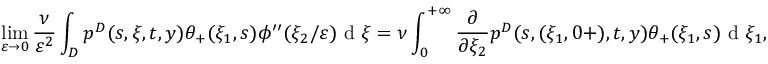
\operatorname* { l i m } _ { \varepsilon \to 0 } \frac { \nu } { \varepsilon ^ { 2 } } \int _ { D } p ^ { D } ( s , \xi , t , y ) \theta _ { + } ( \xi _ { 1 } , s ) \phi ^ { \prime \prime } ( \xi _ { 2 } / \varepsilon ) \textrm { d } \xi = \nu \int _ { 0 } ^ { + \infty } \frac { \partial } { \partial \xi _ { 2 } } p ^ { D } ( s , ( \xi _ { 1 } , 0 + ) , t , y ) \theta _ { + } ( \xi _ { 1 } , s ) \textrm { d } \xi _ { 1 } ,